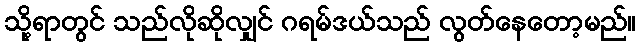
သို့ရာတွင် သည်လိုဆိုလျှင် ဂရမ်ဒယ်သည် လွတ်နေတော့မည်။